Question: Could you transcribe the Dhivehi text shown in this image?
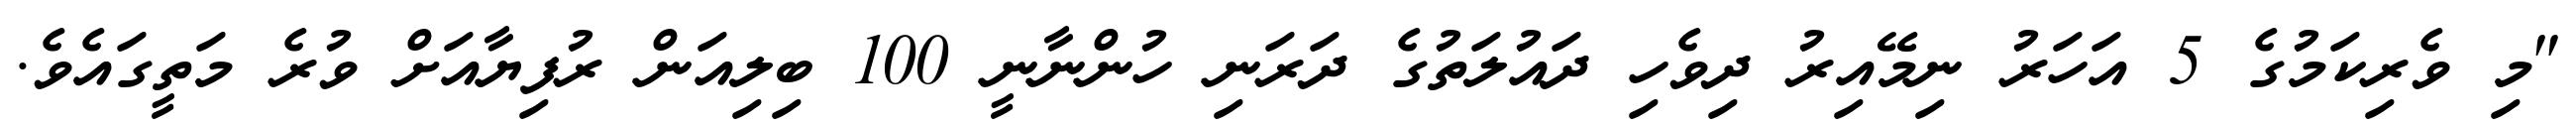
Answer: "މި ވެރިކަމުގެ 5 އަހަރު ނިމޭއިރު ދިވެހި ދައުލަތުގެ ދަރަނި ހުންނާނީ 100 ބިލިއަން ރުފިޔާއަށް ވުރެ މަތީގައެވެ.